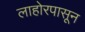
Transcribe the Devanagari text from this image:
लाहोरपासून